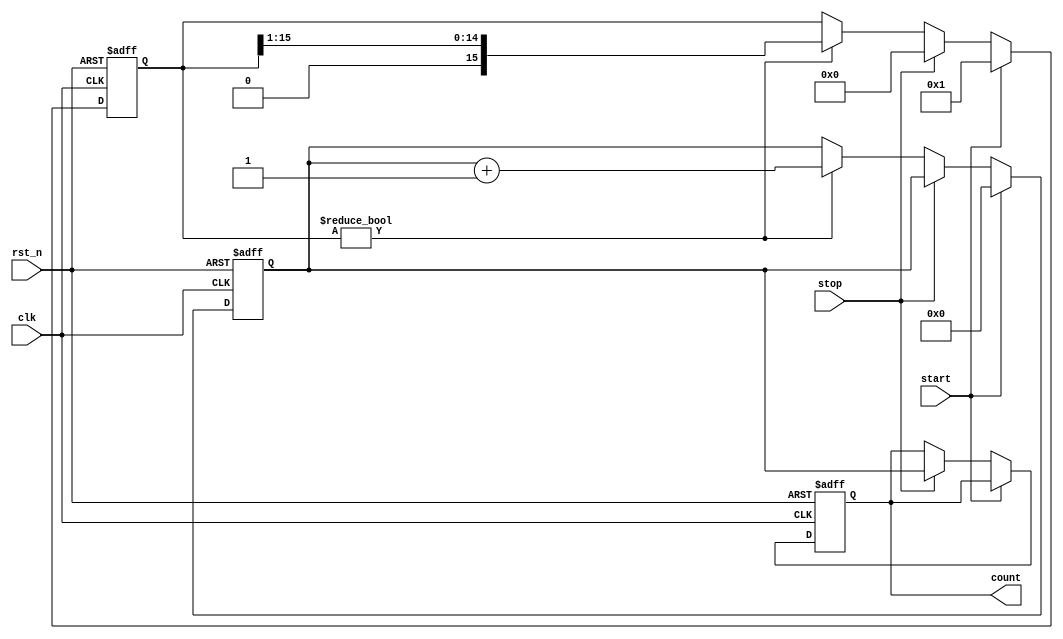
module TDC (
    input wire clk,           // Clock input
    input wire rst_n,        // Active-low reset
    input wire start,        // Start signal
    input wire stop,         // Stop signal
    output reg [N-1:0] count // Output count value (N is the number of bits)
);

parameter N = 8; // Number of bits for the output count
parameter DELAY_STAGES = 16; // Number of delay stages in the delay line

// Delay line implementation
reg [DELAY_STAGES-1:0] delay_line;
reg [DELAY_STAGES-1:0] sampled_delay; // To hold the sampled state of the delay line

// Counter
reg [N-1:0] counter;

// Control logic
always @(posedge clk or negedge rst_n) begin
    if (!rst_n) begin
        counter <= 0;
        count <= 0;
        delay_line <= 0;
        sampled_delay <= 0;
    end else begin
        if (start) begin
            // Reset counter and delay line on start
            counter <= 0;
            delay_line <= 1; // Start the delay line
        end else if (stop) begin
            // Sample the delay line and capture the counter value
            sampled_delay <= delay_line;
            count <= counter; // Store the count value
            delay_line <= 0; // Stop the delay line
        end else begin
            // Increment counter if delay line is active
            if (delay_line != 0) begin
                counter <= counter + 1;
                // Shift the delay line
                delay_line <= {1'b0, delay_line[DELAY_STAGES-1:1]};
            end
        end
    end
end

endmodule